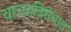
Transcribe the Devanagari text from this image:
याच्याविरोधात